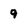
Character: 9